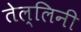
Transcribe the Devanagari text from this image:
तेल्लिनी